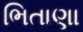
ભિતાણા